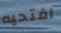
افتحيه